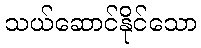
သယ်ဆောင်နိုင်သော